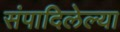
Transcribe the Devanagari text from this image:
संपादिलेल्या